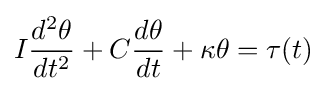
I{\frac {d^{2}\theta }{dt^{2}}}+C{\frac {d\theta }{dt}}+\kappa \theta =\tau (t)